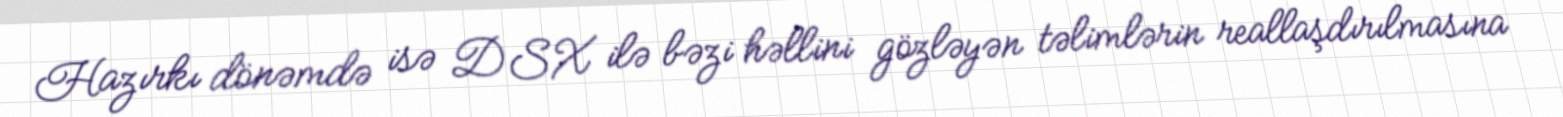
Hazırkı dönəmdə isə DSX ilə bəzi həllini gözləyən təlimlərin reallaşdırılmasına